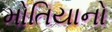
મોતિયાનો